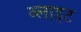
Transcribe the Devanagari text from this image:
व्‍लाइट